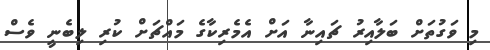
މި ވަގުތަށް ބަލާއިރު ޗައިނާ އަށް އެމެރިކާގެ މައްޗަށް ކުރި ލިބެނީ ވެސް